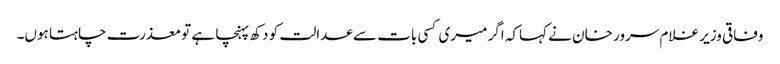
وفاقی وزیر غلام سرور خان نے کہاکہ اگر میری کسی بات سے عدالت کو دکھ پہنچا ہے تو معذرت چاہتا ہوں۔